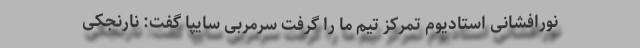
نورافشانی استادیوم تمرکز تیم ما را گرفت سرمربی سایپا گفت: نارنجکی